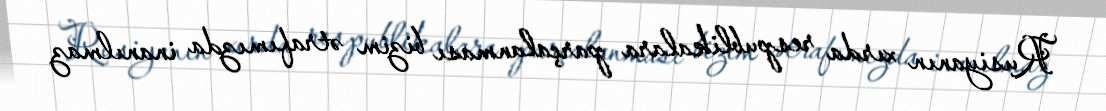
Rusiyanın xırda respublikalara parçalanması bizim ətrafımızda inanılmaz